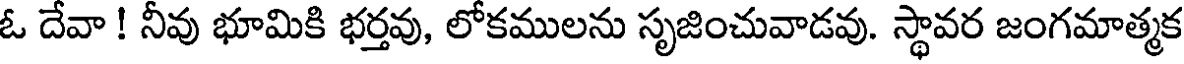
ఓ దేవా ! నీవు భూమికి భర్తవు, లోకములను సృజించువాడవు. స్థావర జంగమాత్మక